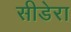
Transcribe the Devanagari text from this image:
सीडेरा